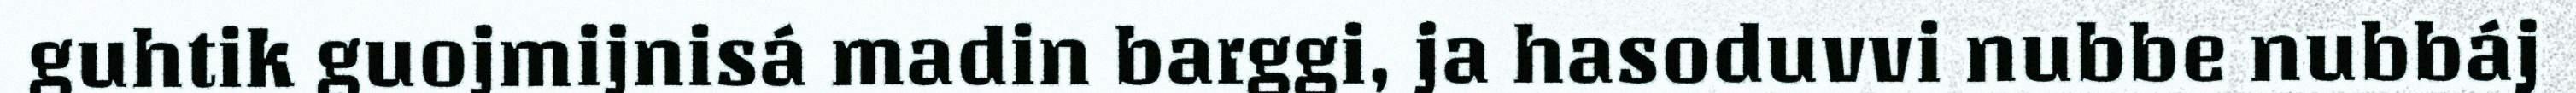
guhtik guojmijnisá madin barggi, ja hasoduvvi nubbe nubbáj